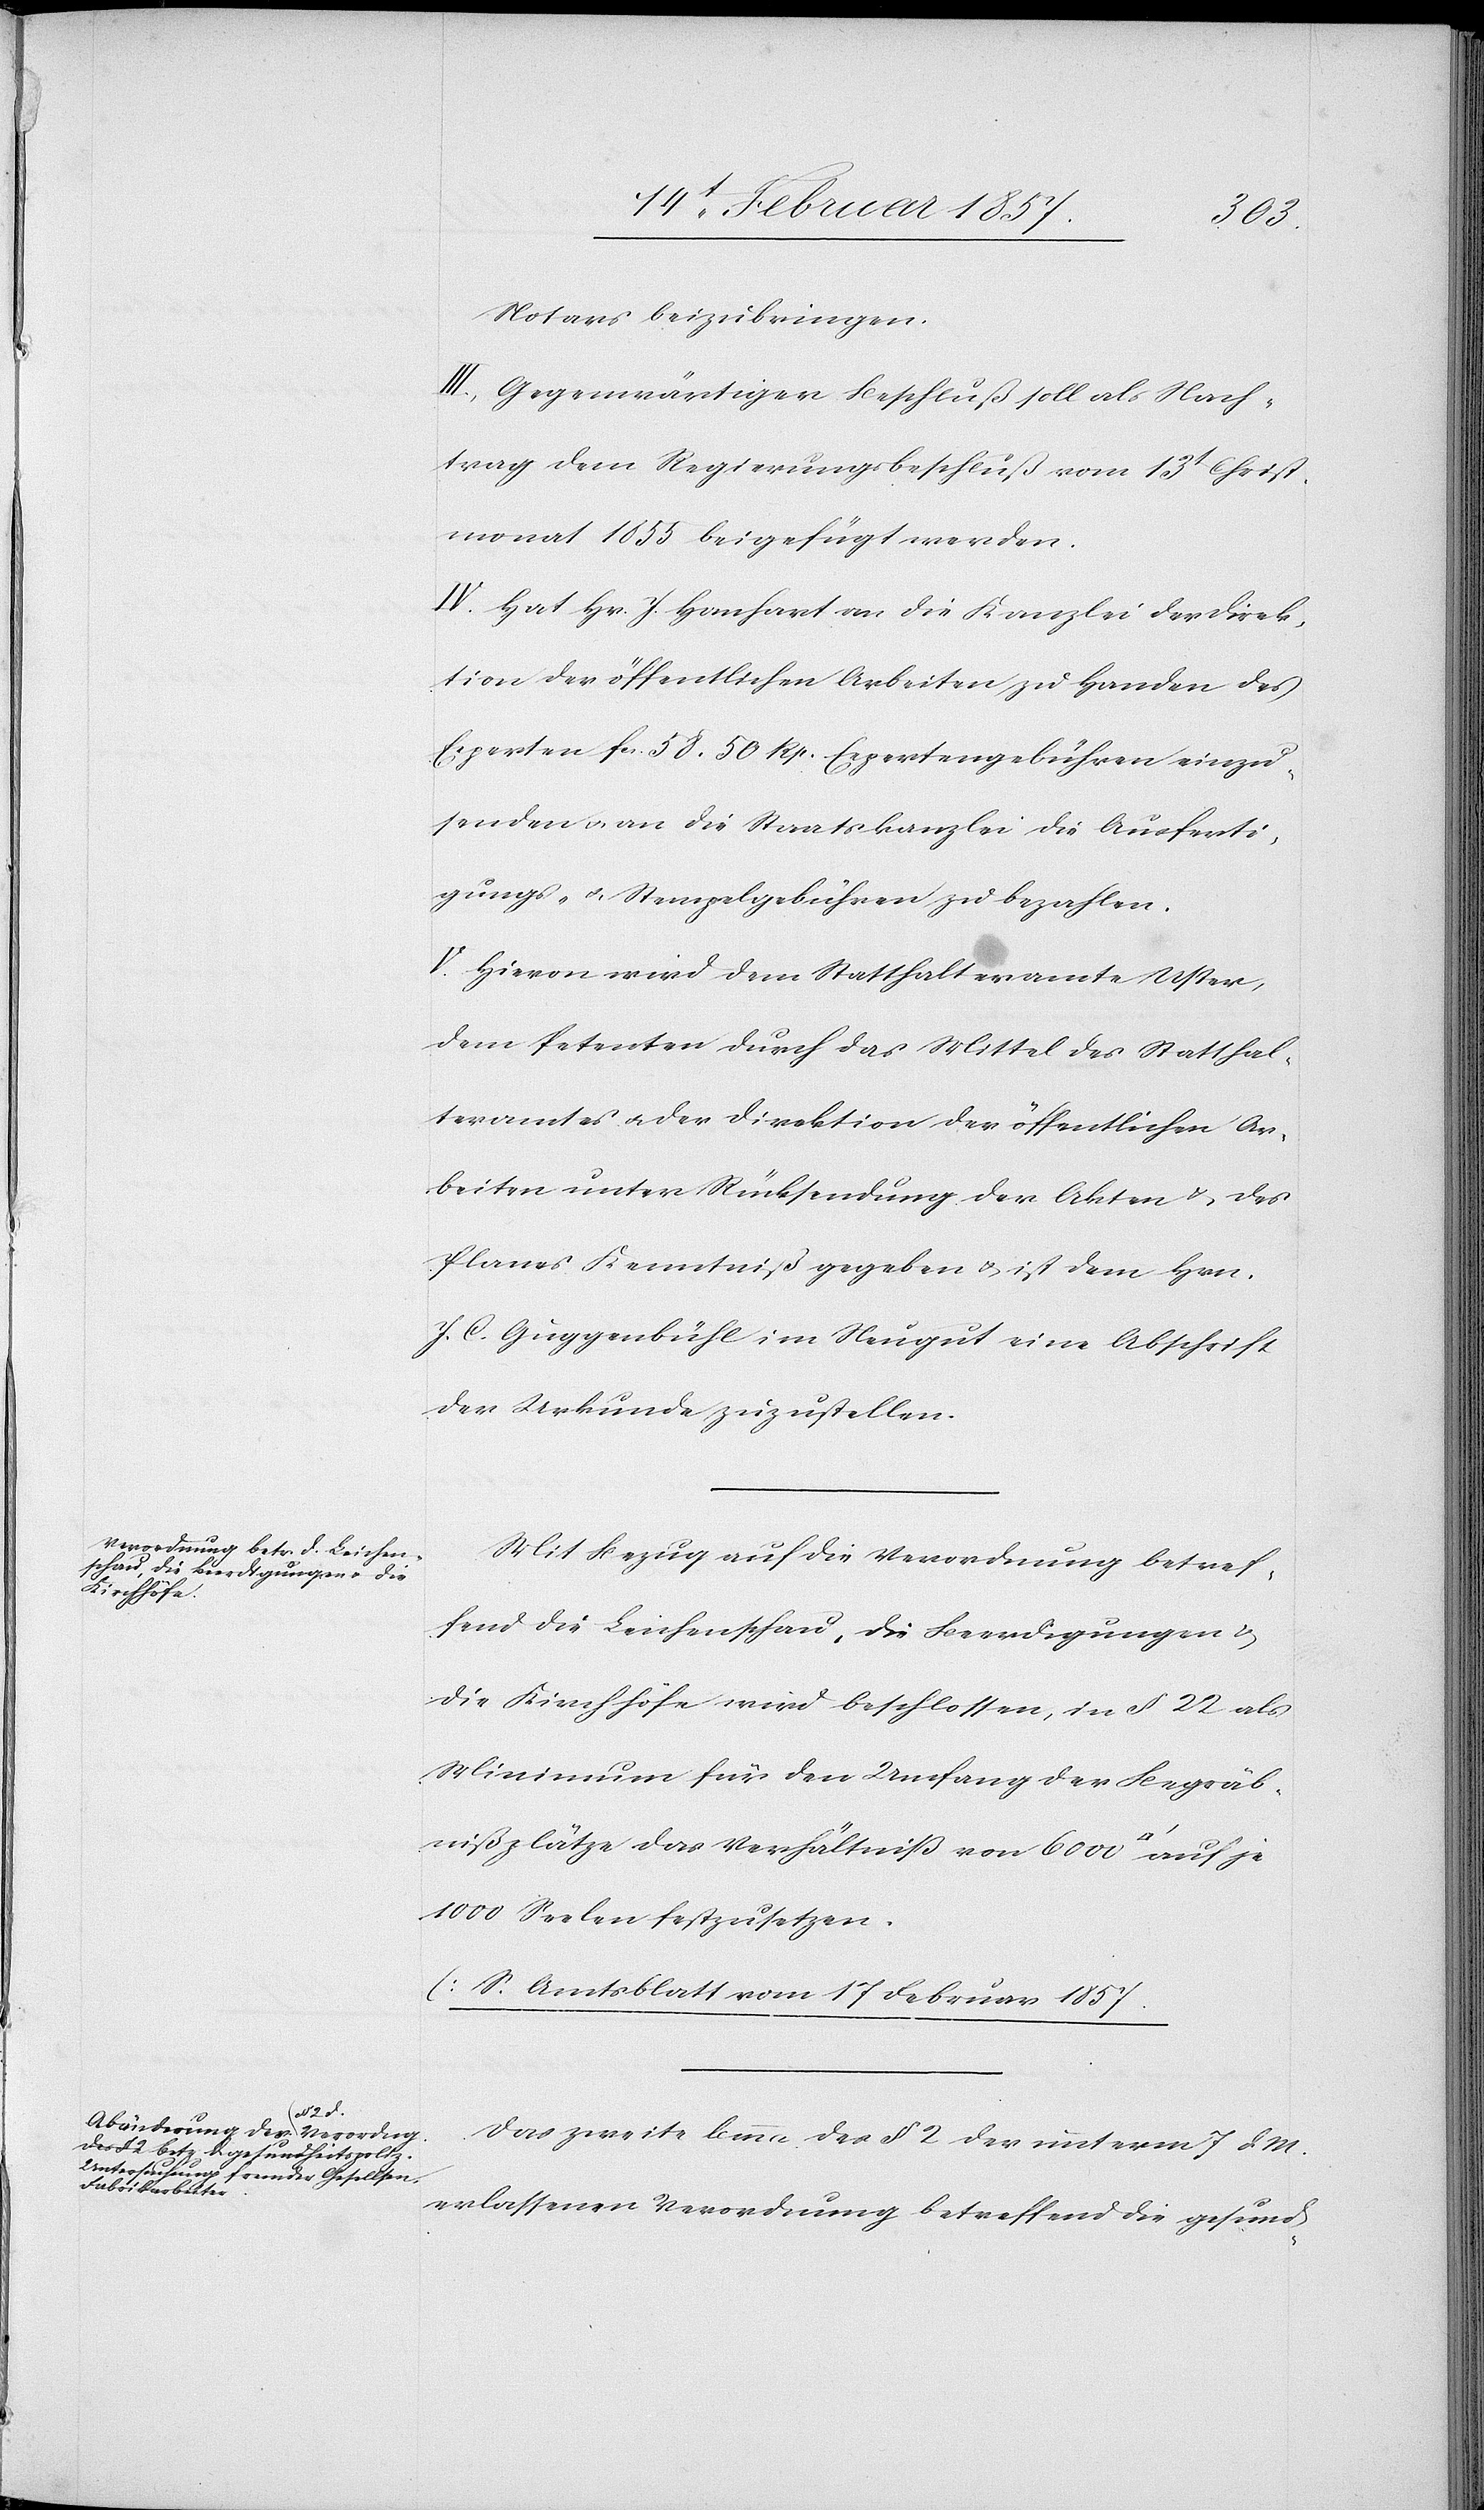
tfuss]
Notars beizubringen.
III. Gegenwärtiger Beschluß soll als Nach¬
trag dem Regierungsbeschluß vom 13t Christ¬
monat 1855 beigefügt werden.
IV. Hat Hr. J. Hanhart an die Kanzlei der Direk¬
tion der öffentlichen Arbeiten zu Handen des
Experten fr. 58. 50 Rp. Expertengebühren einzu¬
senden u. an die Staatskanzlei die Ausferti¬
gungs- u. Stempelgebühren zu bezahlen.
V. Hievon wird dem Statthalteramte Uster,
dem Petenten durch das Mittel des Statthal¬
teramtes u. der Direktion der öffentlichen Ar¬
beiten unter Rücksendung der Akten u. des
Planes Kenntniß gegeben u. ist dem Hrn.
J. C. Guggenbühl im Neugut eine Abschrift
der Urkunde zuzustellen.
Mit Bezug auf die Verordnung betref¬
fend die Leichenschau, die Beerdigungen u.
die Kirchhöfe wird beschlossen, in § 22 als
Minimum für den Umfang der Begräb¬
nißplätze das Verhältniß von 6000 [Quadra¬
1000 Seelen festzusetzen.
[S. Amtsblatt vom 17 Februar 1857.[]]
Das zweite lemma des § 2 der unterm 7 d.
erlassenen Verordnung betreffend die gesund-